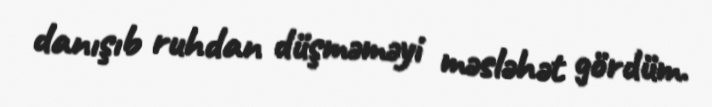
danışıb ruhdan düşməməyi məsləhət gördüm.